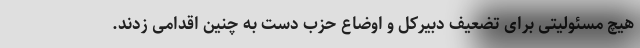
هیچ مسئولیتی برای تضعیف دبیرکل و اوضاع حزب دست به چنین اقدامی زدند.